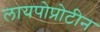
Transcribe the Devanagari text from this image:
लायपोप्रोटीन